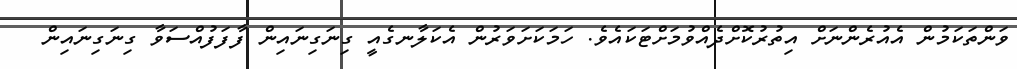
ވަންތަކަމުން އެއުރެންނަށް އިތުރުކޮށްދެއްވުމަށްޓަކައެވެ. ހަމަކަށަވަރުން އެކަލާނގެއީ ގިނަގިނައިން ފާފަފުއްސަވާ ގިނަގިނައިން